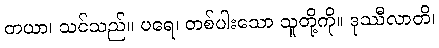
တယာ၊ သင်သည်။ ပရေ၊ တစ်ပါးသော သူတို့ကို။ ဒုဿီလာတိ၊